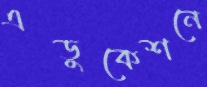
এডুকেশনে